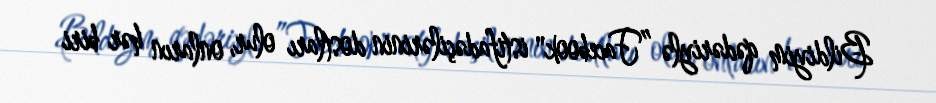
Bildiyim qədəriylə ”Facebook" istifadəçilərinin dostları olur, onların hər biri